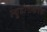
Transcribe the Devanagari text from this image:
ल्यूटीनाकरक